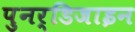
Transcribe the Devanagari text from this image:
पुनर्डिजाइन